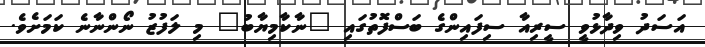
އަސަދު ވިދާޅުވީ ސީރިއާ ސިފައިންގެ ބަސްފޮތުގައި "ނާކާމިޔާބު" މި ލަފުޒު ނޯންނާނެ ކަމަށެވެ.